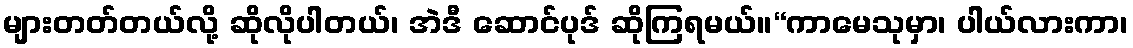
များတတ်တယ်လို့ ဆိုလိုပါတယ်၊ အဲဒီ ဆောင်ပုဒ် ဆိုကြရမယ်။“ကာမေသုမှာ၊ ပါယ်လားကာ၊